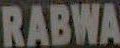
RABWA